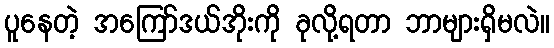
ပူနေတဲ့ အကြော်ဒယ်အိုးကို ခုလို့ရတာ ဘာများရှိမလဲ။